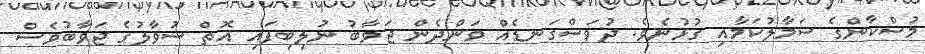
މުސްކާންގެ ސަމާލުކަމާއި ގުޅުނެވެ. ދުވަސްގަނޑެއް ވަންދެން ޖަވާބު ނުލިބިފައި އޮތް ސުވާލުގެ ޖަވާބުވެސް